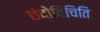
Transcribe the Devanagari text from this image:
छंदोविचिति